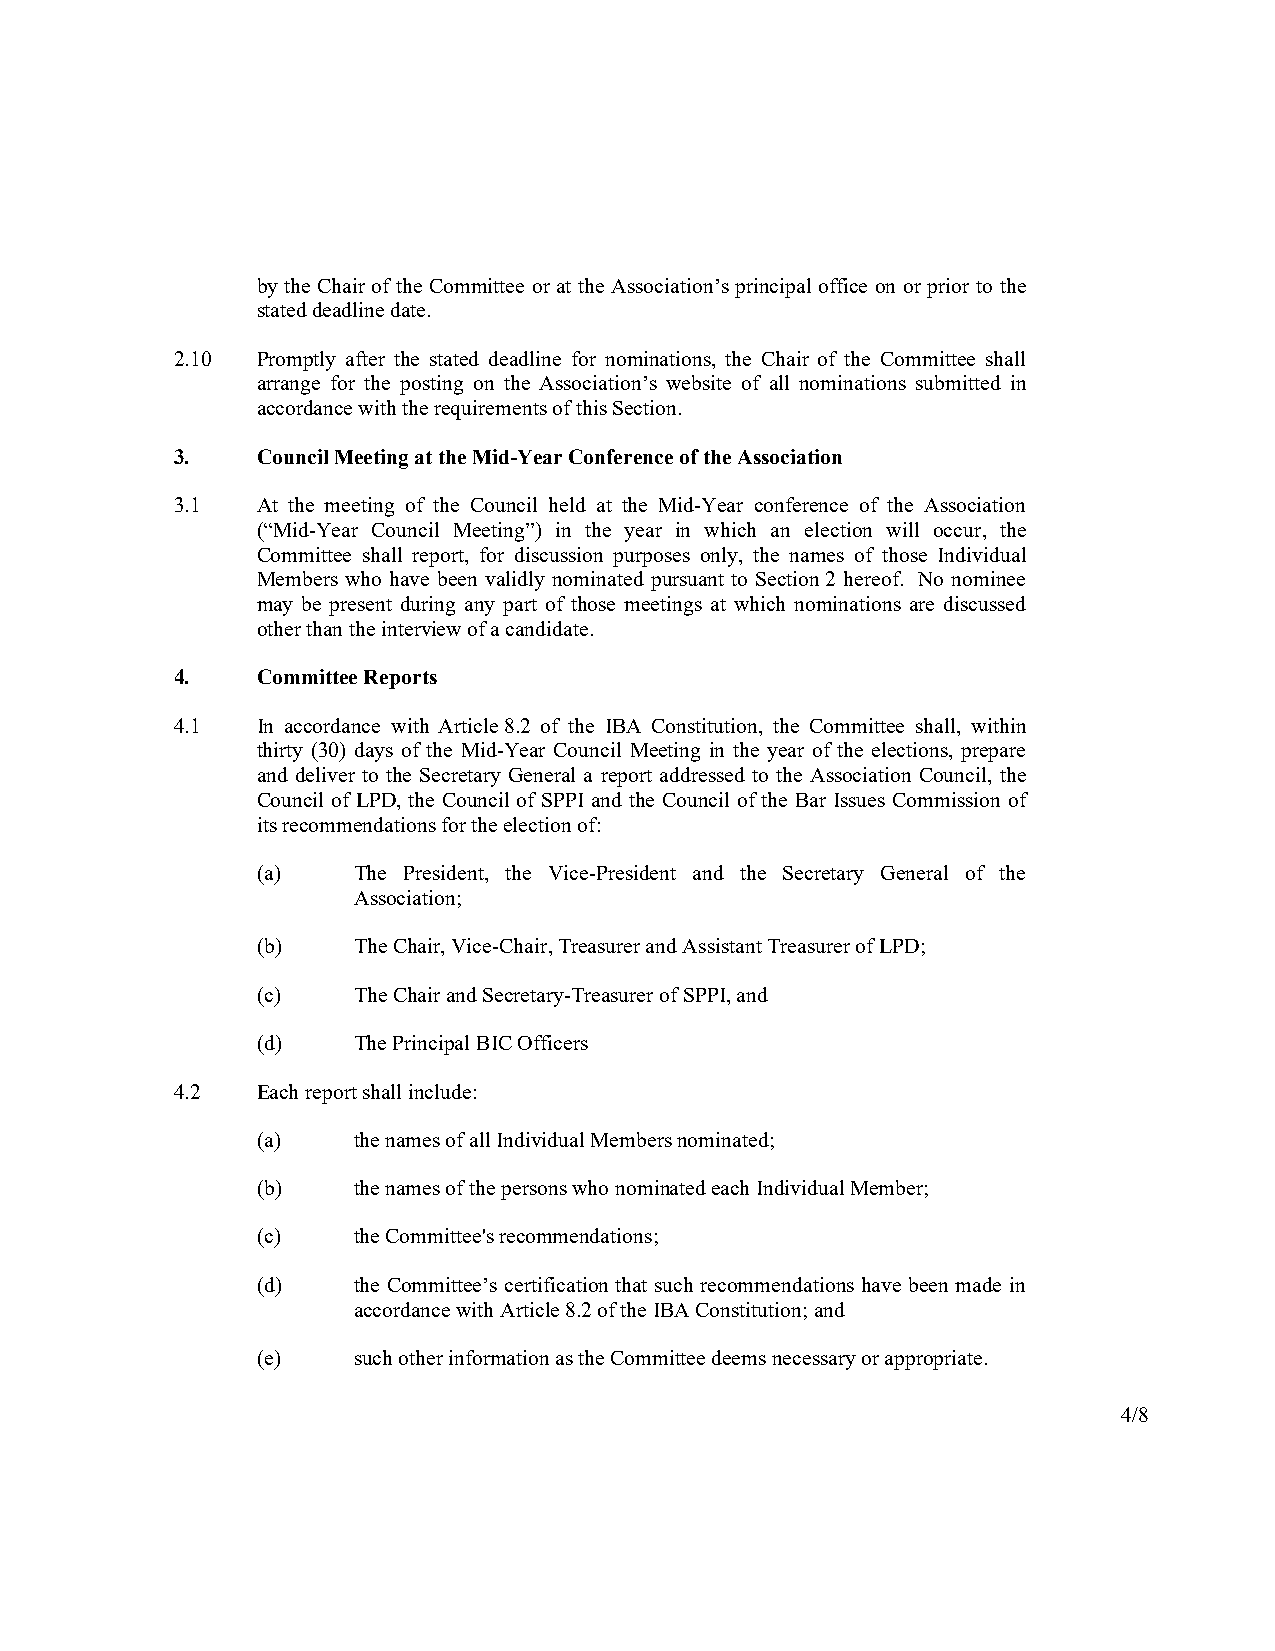
by the Chair of the Committee or at the Association’s principal office on or prior to the
 stated deadline date.
 2.10  Promptly after the stated deadline for nominations, the Chair of the Committee shall
 arrange for the posting on the Association’s website of all nominations submitted in
 accordance with the requirements of this Section.
 3.    Council Meeting at the Mid-Year Conference of the Association
 3.1   At the meeting of the Council held at the Mid-Year conference of the Association
 (“Mid-Year Council Meeting”) in the year in which an election will occur, the
 Committee shall report, for discussion purposes only, the names of those Individual
 Members who have been validly nominated pursuant to Section 2 hereof. No nominee
 may be present during any part of those meetings at which nominations are discussed
 other than the interview of a candidate.
 4.    Committee Reports
 4.1   In accordance with Article 8.2 of the IBA Constitution, the Committee shall, within
 thirty (30) days of the Mid-Year Council Meeting in the year of the elections, prepare
 and deliver to the Secretary General a report addressed to the Association Council, the
 Council of LPD, the Council of SPPI and the Council of the Bar Issues Commission of
 its recommendations for the election of:
 (a)   The President, the Vice-President and the Secretary General of the
 Association;
 (b)   The Chair, Vice-Chair, Treasurer and Assistant Treasurer of LPD;
 (c)   The Chair and Secretary-Treasurer of SPPI, and
 (d)   The Principal BIC Officers
 4.2   Each report shall include:
 (a)   the names of all Individual Members nominated;
 (b)   the names of the persons who nominated each Individual Member;
 (c)   the Committee's recommendations;
 (d)   the Committee’s certification that such recommendations have been made in
 accordance with Article 8.2 of the IBA Constitution; and
 (e)   such other information as the Committee deems necessary or appropriate.
 4/8